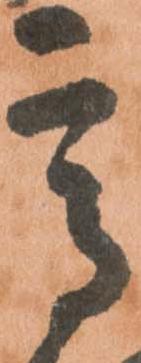
高